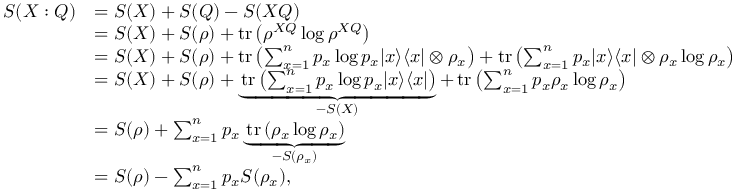
{ \begin{array} { r l } { S ( X : Q ) } & { = S ( X ) + S ( Q ) - S ( X Q ) } \\ & { = S ( X ) + S ( \rho ) + \operatorname { t r } \left( \rho ^ { X Q } \log \rho ^ { X Q } \right) } \\ & { = S ( X ) + S ( \rho ) + \operatorname { t r } \left( \sum _ { x = 1 } ^ { n } p _ { x } \log p _ { x } | x \rangle \langle x | \otimes \rho _ { x } \right) + \operatorname { t r } \left( \sum _ { x = 1 } ^ { n } p _ { x } | x \rangle \langle x | \otimes \rho _ { x } \log \rho _ { x } \right) } \\ & { = S ( X ) + S ( \rho ) + \underbrace { \operatorname { t r } \left( \sum _ { x = 1 } ^ { n } p _ { x } \log p _ { x } | x \rangle \langle x | \right) } _ { - S ( X ) } + \operatorname { t r } \left( \sum _ { x = 1 } ^ { n } p _ { x } \rho _ { x } \log \rho _ { x } \right) } \\ & { = S ( \rho ) + \sum _ { x = 1 } ^ { n } p _ { x } \underbrace { \operatorname { t r } \left( \rho _ { x } \log \rho _ { x } \right) } _ { - S ( \rho _ { x } ) } } \\ & { = S ( \rho ) - \sum _ { x = 1 } ^ { n } p _ { x } S ( \rho _ { x } ) , } \end{array} }